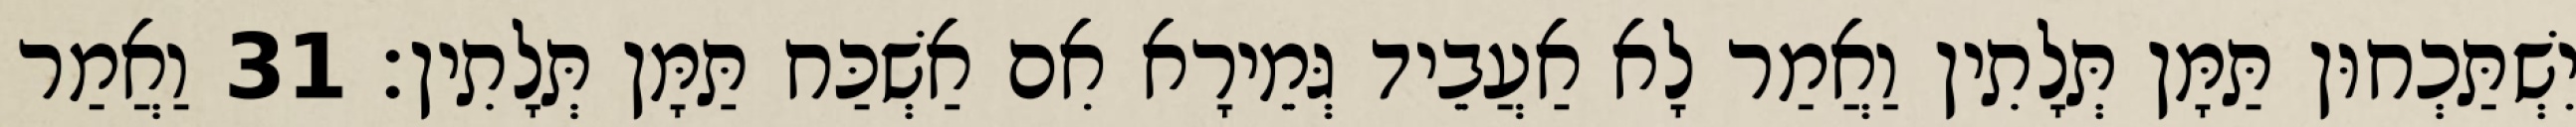
יִשְׁתַּכְחוּן תַּמָּן תְּלָתִין וַאֲמַר לָא אַעֲבֵיד גְּמֵירָא אִם אַשְׁכַּח תַּמָּן תְּלָתִין׃ 31 וַאֲמַר